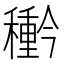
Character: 𮃲